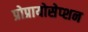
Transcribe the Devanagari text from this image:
प्रोप्रायोसेप्शन